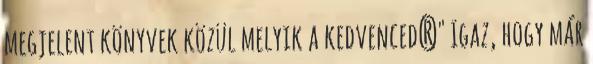
megjelent könyvek közül melyik a kedvenced?" Igaz, hogy már